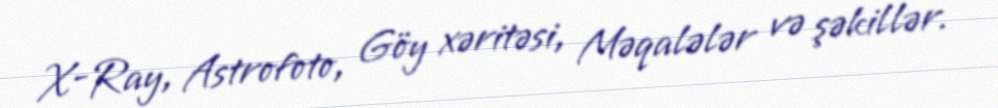
X-Ray, Astrofoto, Göy xəritəsi, Məqalələr və şəkillər.